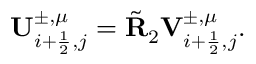
\mathbf { U } _ { i + \frac { 1 } { 2 } , j } ^ { \pm , \mu } = \tilde { \mathbf { R } } _ { 2 } { \mathbf { V } } _ { i + \frac { 1 } { 2 } , j } ^ { \pm , \mu } .